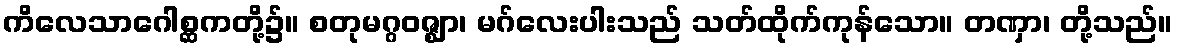
ကိလေသာဂေါစ္ဆကတို့၌။ စတုမဂ္ဂဝဇ္ဈာ၊ မဂ်လေးပါးသည် သတ်ထိုက်ကုန်သော။ တဏှာ၊ တို့သည်။